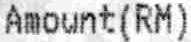
AMOUNT(RM)